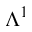
\Lambda ^ { 1 }